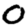
Digit: 0